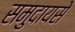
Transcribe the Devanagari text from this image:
समुदायसे